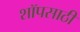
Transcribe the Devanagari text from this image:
शॉपसाठी